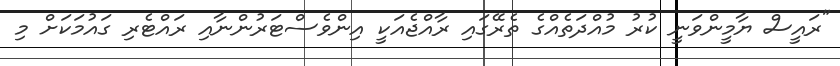
"ރައީސް ޔާމީންވަނީ ކުރު މުއްދަތެއްގެ ތެރޭގައި ރާއްޖެއަކީ އިންވެސްޓަރުންނާއި ރައްޓެރި ގައުމަކަށް މި